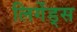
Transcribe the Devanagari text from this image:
लिगेंड्स